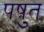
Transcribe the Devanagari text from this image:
पष़ुत